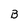
Character: B